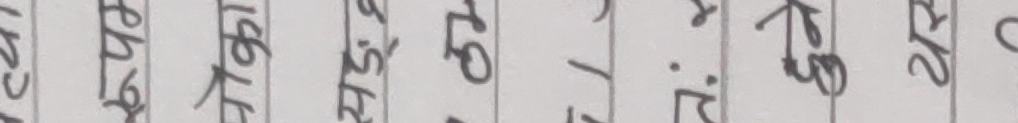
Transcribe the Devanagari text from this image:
२१६०, चैत्र २९ गते